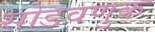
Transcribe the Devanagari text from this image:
सोडवणुक